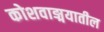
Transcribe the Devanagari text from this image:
कोशवाङ्मयातील